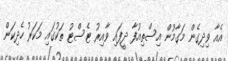
އެއާ ވިދިގެން މަގާމުން އިސްތިއުފާ ދީފައި ވާއިރު ޓެސްޓު ތަކުގައި މަކަރު ހެދިކަން